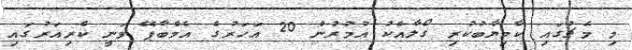
މި މެޗުގައި ކާމިޔާބުކުރި ގޯލާއެކު އުމުރުން 20 އަހަރުގެ އެމްބާޕޭ ވަނީ ކެރިއަރުގައި